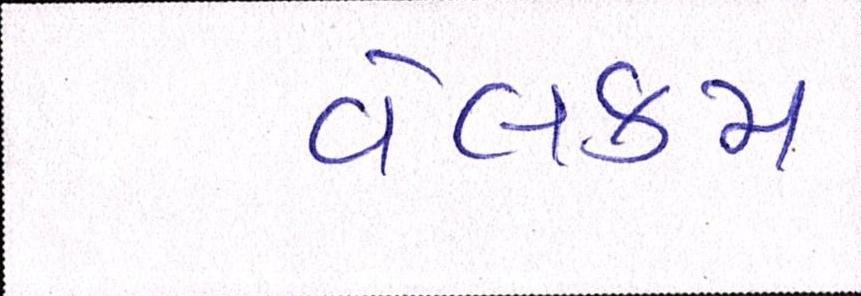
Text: વેલકમ